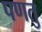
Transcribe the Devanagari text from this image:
पणतु